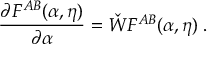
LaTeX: \frac { \partial F ^ { A B } ( \alpha , \eta ) } { \partial \alpha } = \check { W } F ^ { A B } ( \alpha , \eta ) \; .